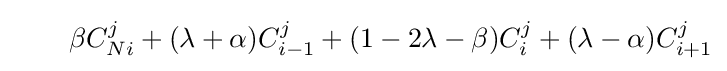
\qquad \beta C_{Ni}^{j}+(\lambda +\alpha )C_{i-1}^{j}+(1-2\lambda -\beta )C_{i}^{j}+(\lambda -\alpha )C_{i+1}^{j}